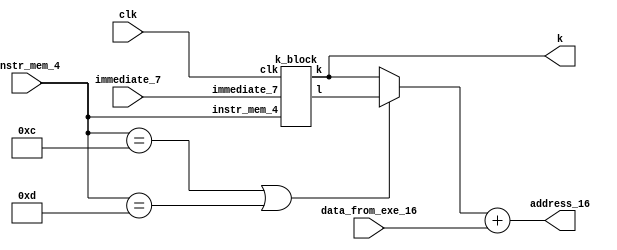
module k_block_address_mux(instr_mem_4,immediate_7,clk,data_from_exe_16,address_16,k);
input [3:0]instr_mem_4;
input [6:0] immediate_7;
input clk;
input [15:0] data_from_exe_16;
output [15:0] address_16;
output [2:0]k;
wire [2:0] l_wire,k_wire,mux_out;
wire [15:0] out;
assign k=k_wire;
assign address_16=out;
k_block C3(instr_mem_4,immediate_7,clk,k_wire,l_wire);
assign mux_out=((instr_mem_4==4'b1100) || (instr_mem_4==4'b1101))?l_wire:k_wire;
assign out={13'b0000000000000,mux_out}+data_from_exe_16;
endmodule

//instr_mem_4--->@ mem stage instr[15:12]
//immediate_7--->@mem stage instr[6:0]
//k is a 3 bit counter 
//l is also a 3 bit counter with smaller mod
module k_block(instr_mem_4,immediate_7,clk,k,l);
input [3:0] instr_mem_4;
input [6:0] immediate_7;
input clk;
output [2:0] k,l;
reg [2:0] k_count=0;
reg [2:0] l_count=0;
assign k=k_count;
assign l=l_count;
always@(posedge clk)
begin
 if(k_count>=3'b110)
		begin
		k_count<=3'b000;
		l_count<=3'b000;
		end
 else if((instr_mem_4==4'b1110)||(instr_mem_4==4'b1111))//LA or SA
		begin
		k_count<=k_count+3'b001;
		end
 else if((instr_mem_4==4'b1100)||(instr_mem_4==4'b1101))//LM or SM
		begin
		if(immediate_7[6-k]==1'b1)
			l_count<=l_count+3'b001;
		
		k_count<=k_count+3'b001;
		end
end
endmodule

//working
//`timescale 1 ns/1 ps
//module tb_kblock;
//reg [15:0] tb_data_from_exe_16;
//reg [3:0] tb_instr_mem_4;
//reg [6:0] tb_immediate_7;
//reg tb_clk;
//wire [2:0] tb_k;
//wire [15:0] tb_address_16;
//k_block_address_mux c4(tb_instr_mem_4,tb_immediate_7,tb_clk,tb_data_from_exe_16,tb_address_16,tb_k);
//
//
//initial 
//begin
//tb_data_from_exe_16=16'b011100000001111;
//tb_clk=1'b0;
//tb_instr_mem_4=4'b1110;
//tb_immediate_7=7'b0000000;
//#15;
//tb_immediate_7=7'b1010101;
//end
//always
//begin
//#10;
//tb_clk<=~tb_clk;
//end
//
//initial
//begin
//#140
//tb_instr_mem_4=4'b1100;
//end
//
//endmodule